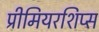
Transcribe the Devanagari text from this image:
प्रीमियरशिप्स